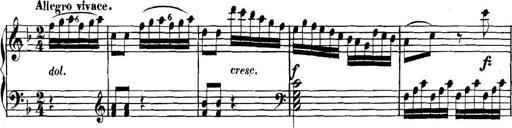
Title: Collected Piano Sonatas
Composer: Muzio Clementi